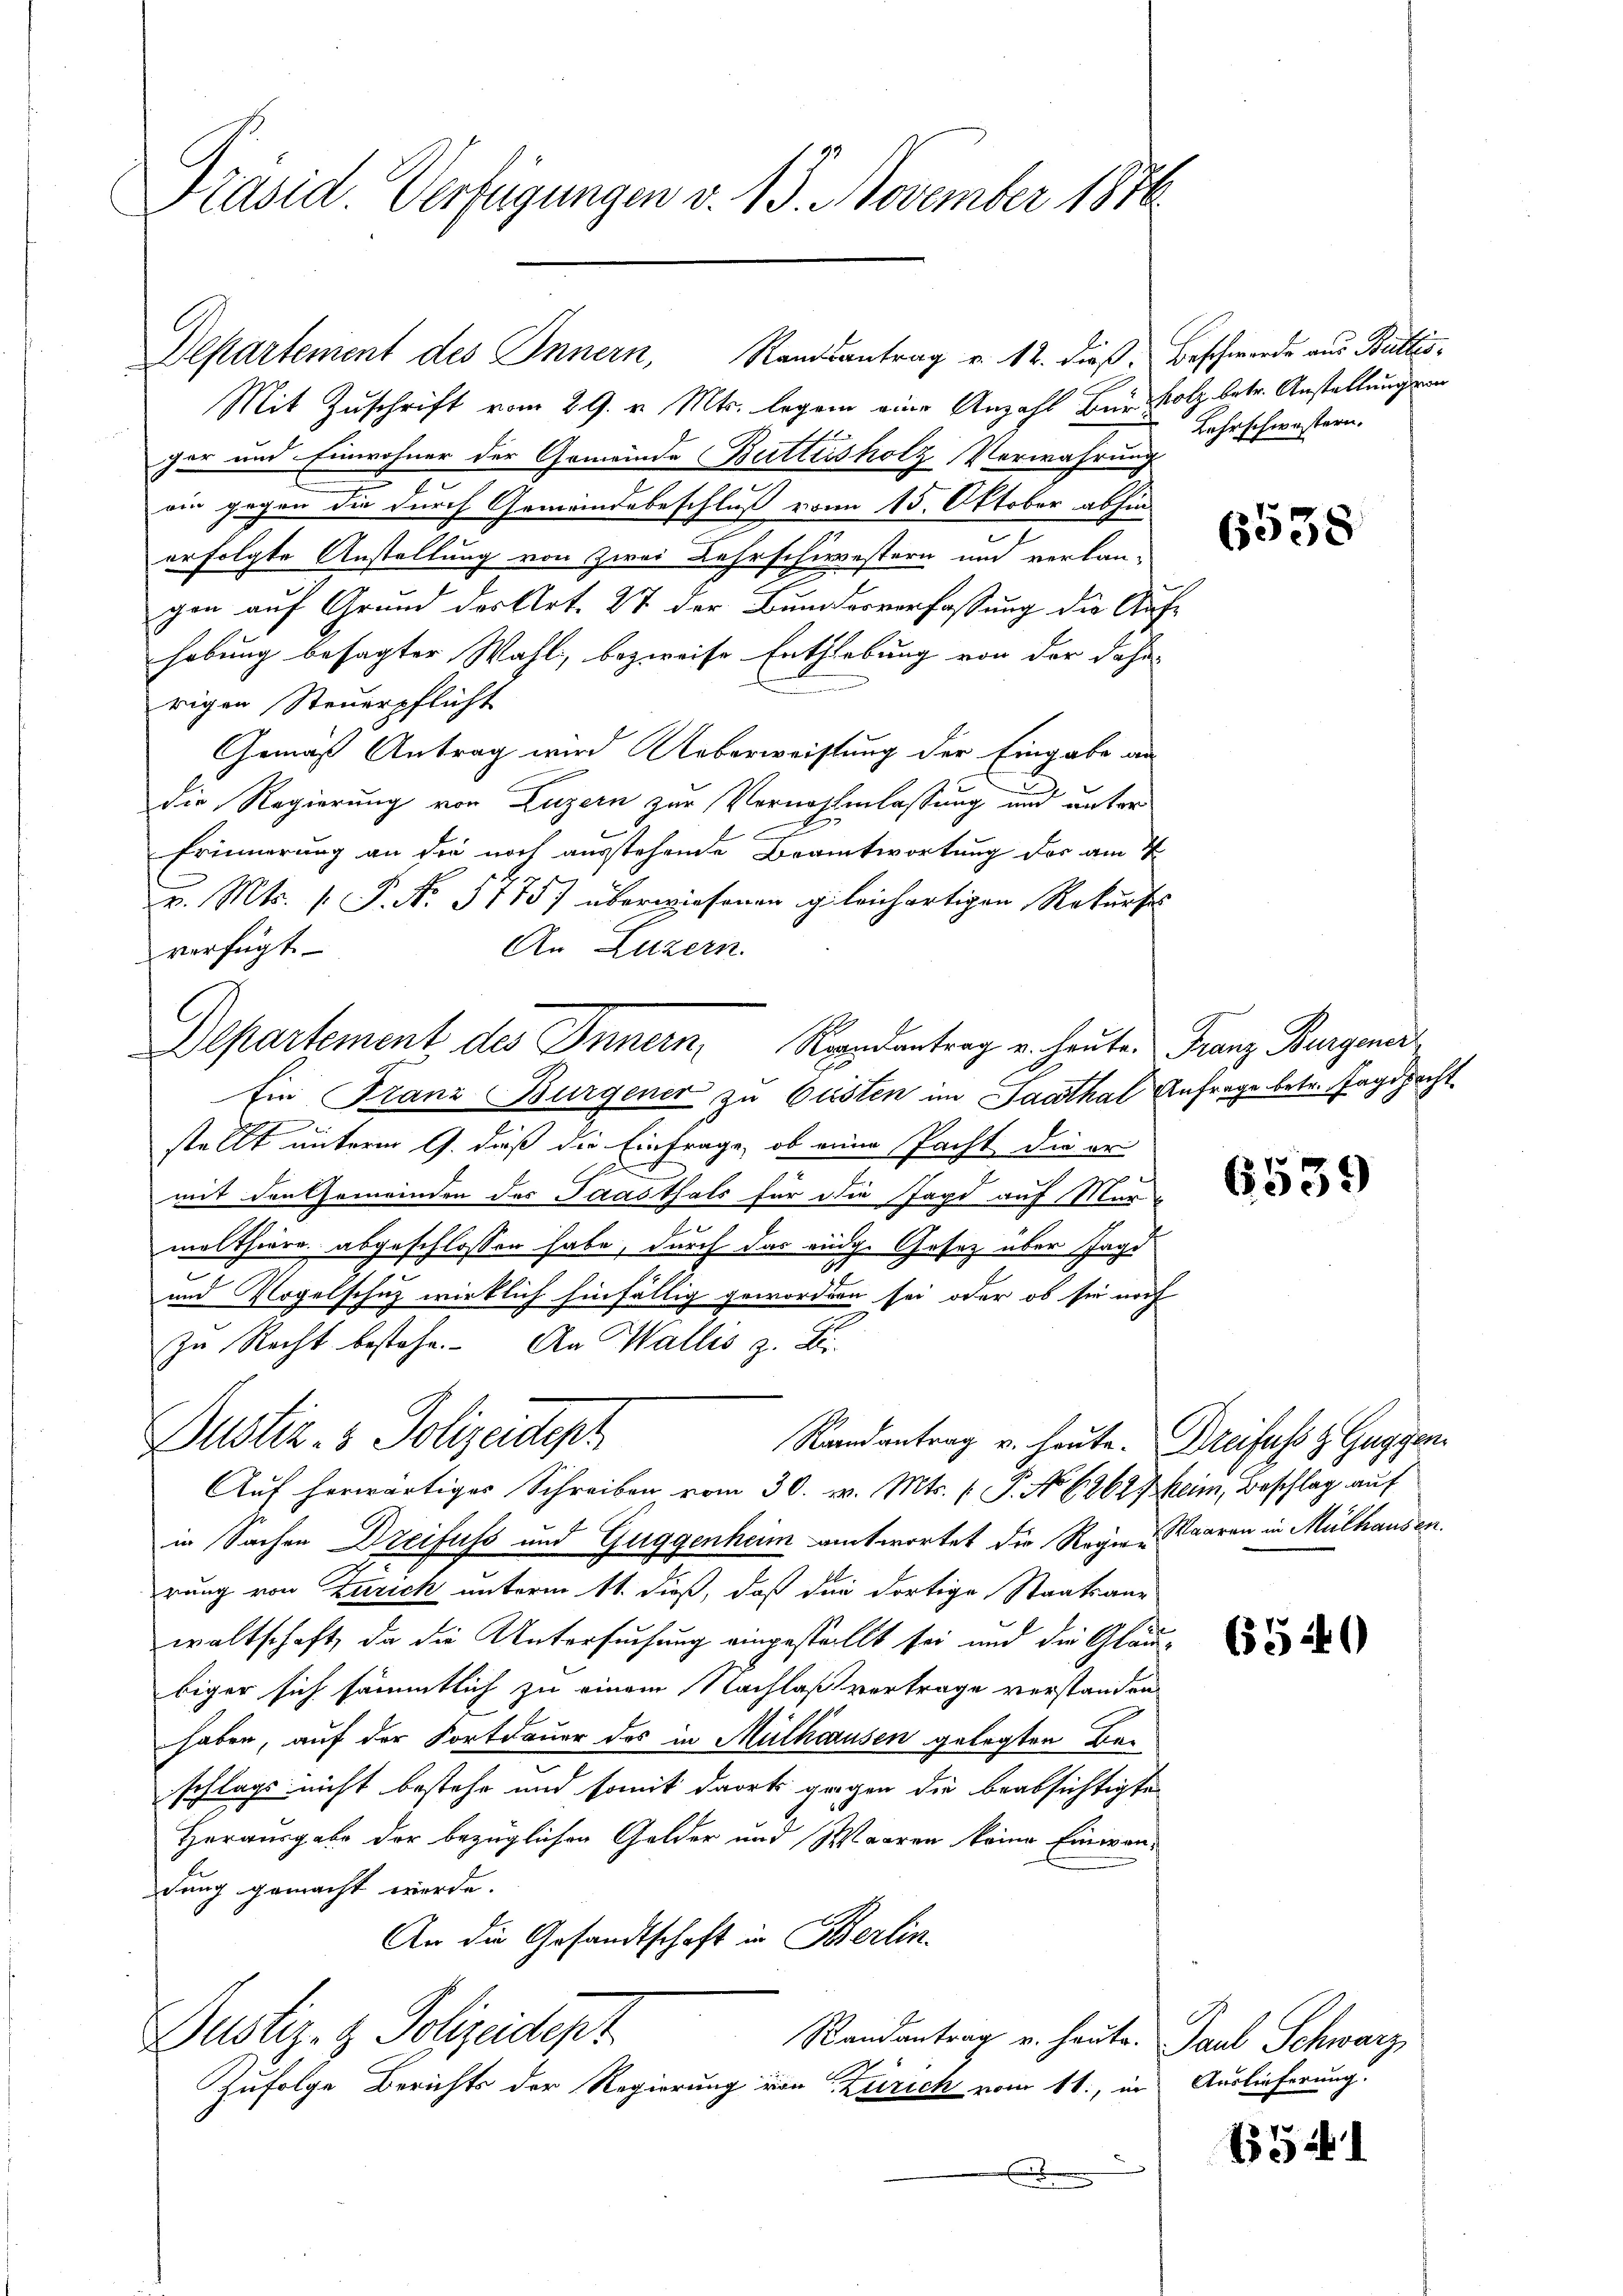
Präsid. Verfügungen v. 15. November 1876

Mit Zuschrift vom 29. v. Mts. legen eine Anzahl der Holz betr. Anstellung ver
ger und Einwohner der Gemeinde Buttersholz Verwahrung
oin gegen die durch Gemeindebeschluß von 15. Oktober abhin
erfolgte Anstellung von Zwei Lehrschwestern und verlan-
gen auf Grund des Art. 27 der Bunderverfassung die Aufhobung besagter Wahl, bezweise Enthiebung von der Fahn
rigen Steuerpflicht
Gemäß Antrag wird Ueberweistung der Eingabe an
u
die Regierung von Luzern zur Vernehmlassung und unter
Erinnerung an die noch ausstehende Beantwortung der am 2
v. Mts. 1. P. No. 57757 überwiesenen gleichartigen Rekurses
An Luzern.
verfügt
Ein Franz Burgener zu besten im Saathal Anfrage betr. Tagspacht
stellt unterm 9. dieß die Einfrage, ob einer Pacht die er
mit den Gemeinden des Paasthals für die Jagd auf Mur
2
melthiere abgeschlossen habe, durch das eidg. Gesetz über Jage
und Vogelschuz wirklich hinfällig geworden sei oder ob sie noch
zu Recht bestehe. An Wallis z. Ei
Dustiz- & Polizeidept
Randantrag u. heute. Dreifuss z. Guggen
Auf herwärtiges Schreiben vom 30. v. Mts. ( P. No 6262 heim, Beschlag auf
in Sachen Dreifuss und Guggenheim antwortet die Regen Waaren in Mülhausen.
rung von Zürich unterm 11. dieß, daß die dortige Staatsan-
waltschaft, da die Untersuchung eingestellt sei und die Gläu-
biger sich sämmtlich zu einem Nachlaß vertrage verstanden
haben, auf der Fortdauer des in Mülkcausen gelegten Beschlags nicht bestehe und somit dort gegen die beabsichtigte
Herausgabe der bezüglichen Gelder und Waaren keine Einwendung gemacht werde.
An die Gesandtschaft in Berlin.
Justiz- & Polizeidept
Randantrag u. heute. Paul Schwarz,
Zufolge Berichts der Regierung von Zürich vom 11., in Auslieferung.
.

Departement des Innern, Randsantrag v. 12. dieß.

Departement des Innern Randantrag u. heute Franz Burgener¬

Beschwerde aus Büttis
Lehrschwestern.

6538

6539

650

1541